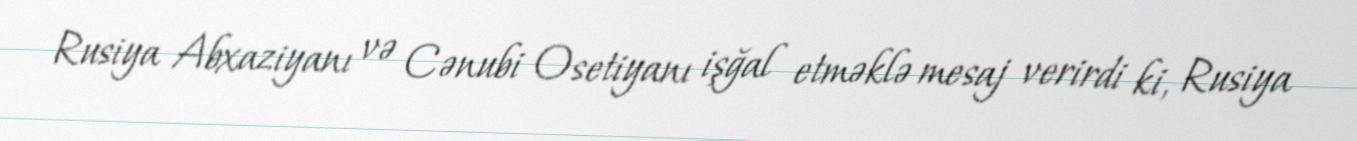
Rusiya Abxaziyanı və Cənubi Osetiyanı işğal etməklə mesaj verirdi ki, Rusiya